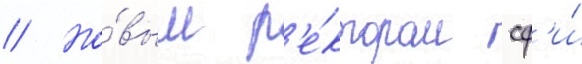
// Но́вым р'е́ктором сф'и́